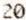
20